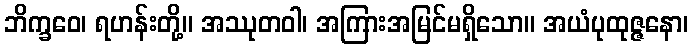
ဘိက္ခဝေ၊ ရဟန်းတို့။ အဿုတဝါ၊ အကြားအမြင်မရှိသော။ အယံပုထုဇ္ဇနော၊